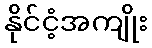
နိုင်ငံ့အကျိုး